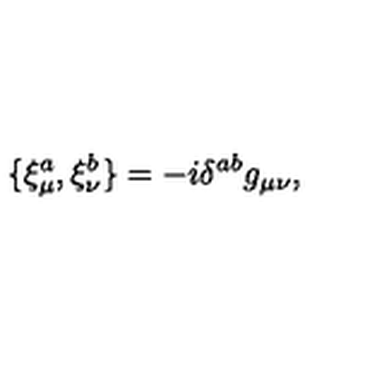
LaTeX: \{ \xi _ { \mu } ^ { a } , \xi _ { \nu } ^ { b } \} = - i \delta ^ { a b } g _ { \mu \nu } ,